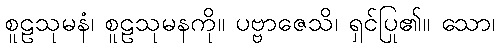
စူဠသုမနံ၊ စူဠသုမနကို။ ပဗ္ဗာဇေသိ၊ ရှင်ပြု၏။ သော၊